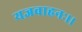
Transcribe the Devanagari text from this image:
यज्ञवाहनः।।